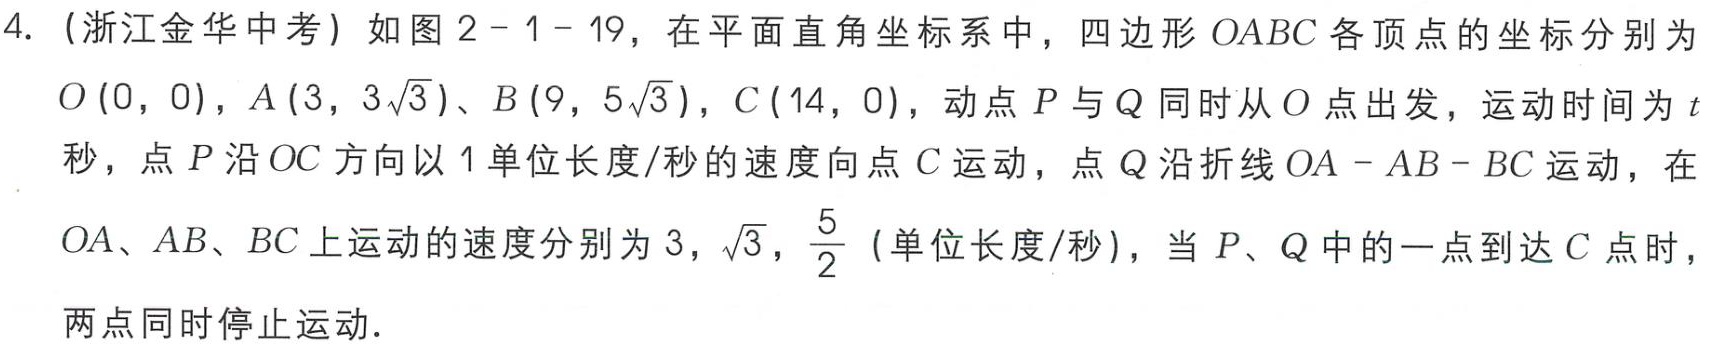
4.（浙江金华中考）如图2 - 1 - 19，在平面直角坐标系中，四边形\(OABC\)各顶点的坐标分别为\(O(0,0)\)，\(A(3,3\sqrt{3})\)、\(B(9,5\sqrt{3})\)，\(C(14,0)\)，动点\(P\)与\(Q\)同时从\(O\)点出发，运动时间为\(t\)秒，点\(P\)沿\(OC\)方向以\(1\)单位长度/秒的速度向点\(C\)运动，点\(Q\)沿折线\(OA - AB - BC\)运动，在\(OA\)、\(AB\)、\(BC\)上运动的速度分别为\(3\)，\(\sqrt{3}\)，\(\frac{5}{2}\)（单位长度/秒），当\(P\)、\(Q\)中的一点到达\(C\)点时，两点同时停止运动.